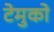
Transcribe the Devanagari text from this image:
टेमुको